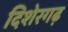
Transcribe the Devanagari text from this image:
दिशेरगढ़